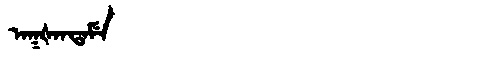
Manchu: ᠠᡴᡧᠠᠨᡨᠠᠮᡝ
Romanization: AKŠANTAME